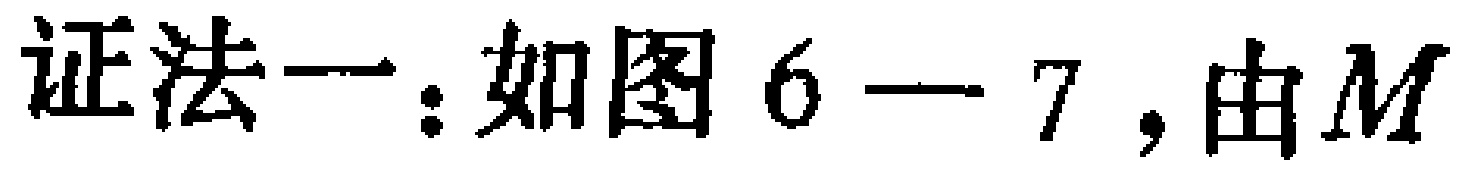
证法一：如图6—7，由\(M\)